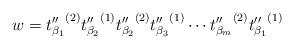
LaTeX: \begin{align*}w={t''_{\beta_1}}^{(2)}{t''_{\beta_2}}^{(1)}{t''_{\beta_2}}^{(2)}{t''_{\beta_3}}^{(1)}\cdots{t''_{\beta_m}}^{(2)}{t''_{\beta_1}}^{(1)}\end{align*}